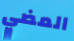
المضي